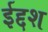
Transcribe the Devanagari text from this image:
ईद्दश